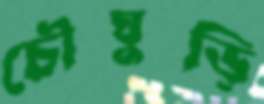
চৌঘুড়ি